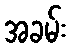
အခမ်း